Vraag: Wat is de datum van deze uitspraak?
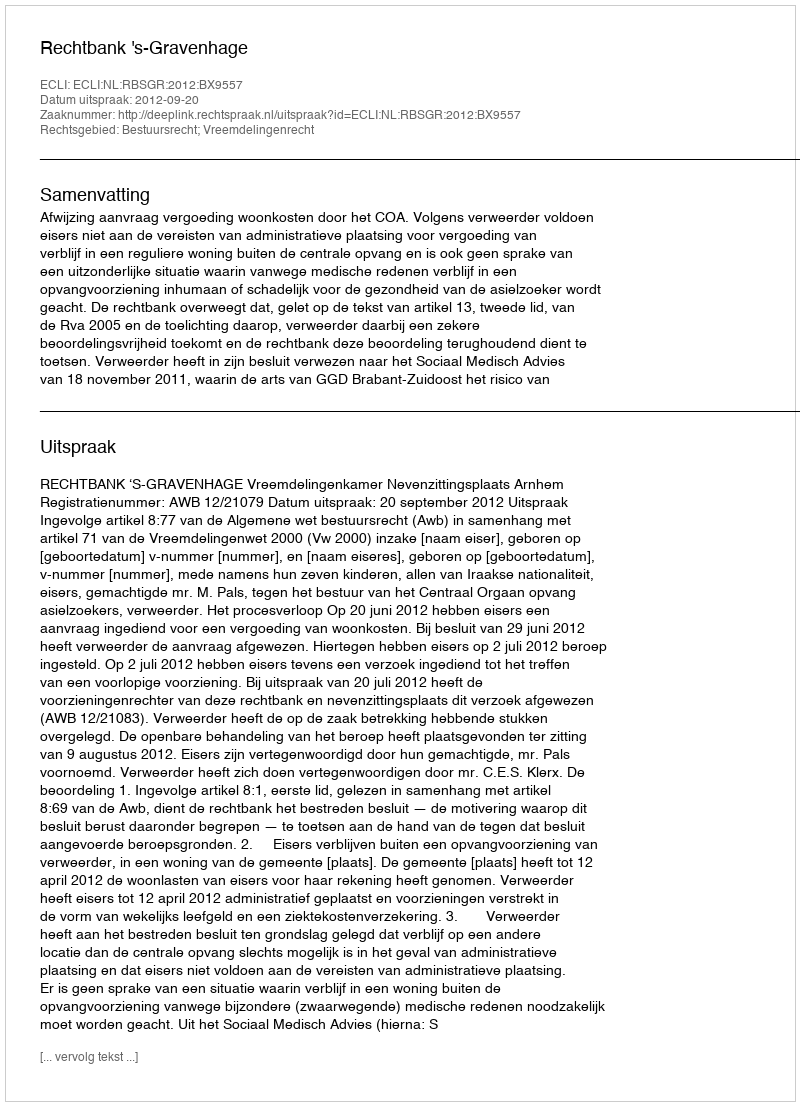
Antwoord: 2012-09-20